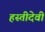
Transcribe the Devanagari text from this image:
हस्तीदेवी